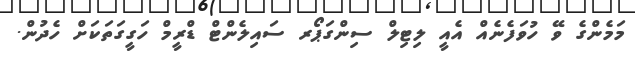
މަމެންގެ ވޭ ހުވަފެނެއް އެއީ ލިޓިލް ސިންގަޕޯރ ސައިލެންޓް ޑްރީމް ހަގީގަތަކަށް ހެދުން.